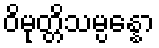
ဝိမုတ္တိသမ္ပန္နော